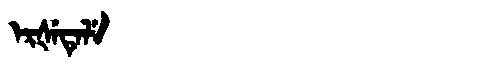
Manchu: ᡝᡵᡧᡝᡨᡝᠯᡝ
Romanization: ERŠETELE